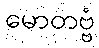
မောတဗ္ဗံ